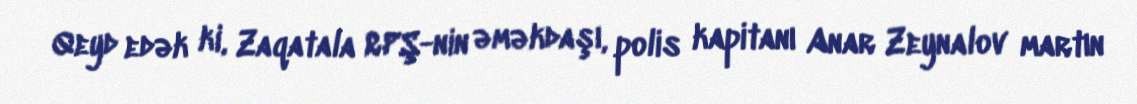
Qeyd edək ki, Zaqatala RPŞ-nin əməkdaşı, polis kapitanı Anar Zeynalov martın